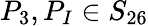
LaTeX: P_{3},P_{I}\in S_{26}